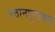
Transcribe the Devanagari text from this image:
पठानपुराकल